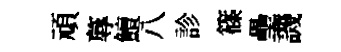
頑蓐鱣八診篠壘譏